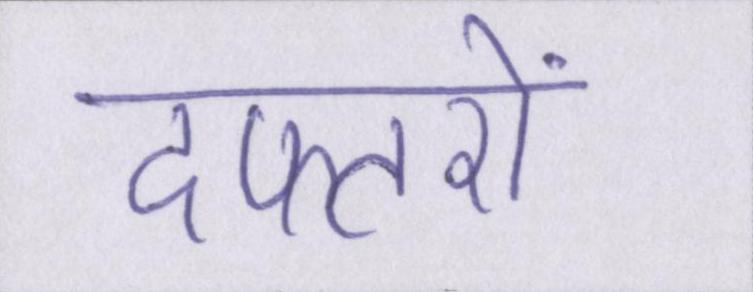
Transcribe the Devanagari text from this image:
दफ्तरों